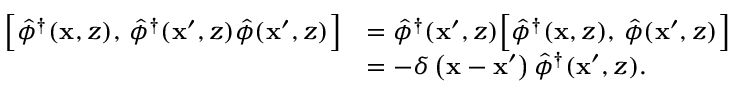
\begin{array} { r l } { \Bigl [ \hat { \phi } ^ { \dagger } ( \mathbf { x } , z ) , \, \hat { \phi } ^ { \dagger } ( \mathbf { x } ^ { \prime } , z ) \hat { \phi } ( \mathbf { x } ^ { \prime } , z ) \Bigr ] } & { = \hat { \phi } ^ { \dagger } ( \mathbf { x } ^ { \prime } , z ) \Bigl [ \hat { \phi } ^ { \dagger } ( \mathbf { x } , z ) , \, \hat { \phi } ( \mathbf { x } ^ { \prime } , z ) \Bigr ] } \\ & { = - \delta \left( \mathbf { x } - \mathbf { x } ^ { \prime } \right) \hat { \phi } ^ { \dagger } ( \mathbf { x } ^ { \prime } , z ) . } \end{array}